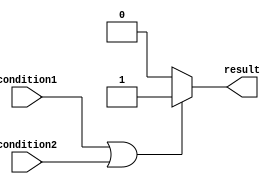
module if_else_statement (
    input wire condition1,
    input wire condition2,
    output reg result
);

always @ (*) begin
    if (condition1 || condition2) begin
        // If any of the conditions is true, execute this block
        result = 1;
    end else begin
        // If none of the conditions is true, execute this block
        result = 0;
    end
end

endmodule